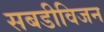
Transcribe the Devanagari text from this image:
सबडीविजन